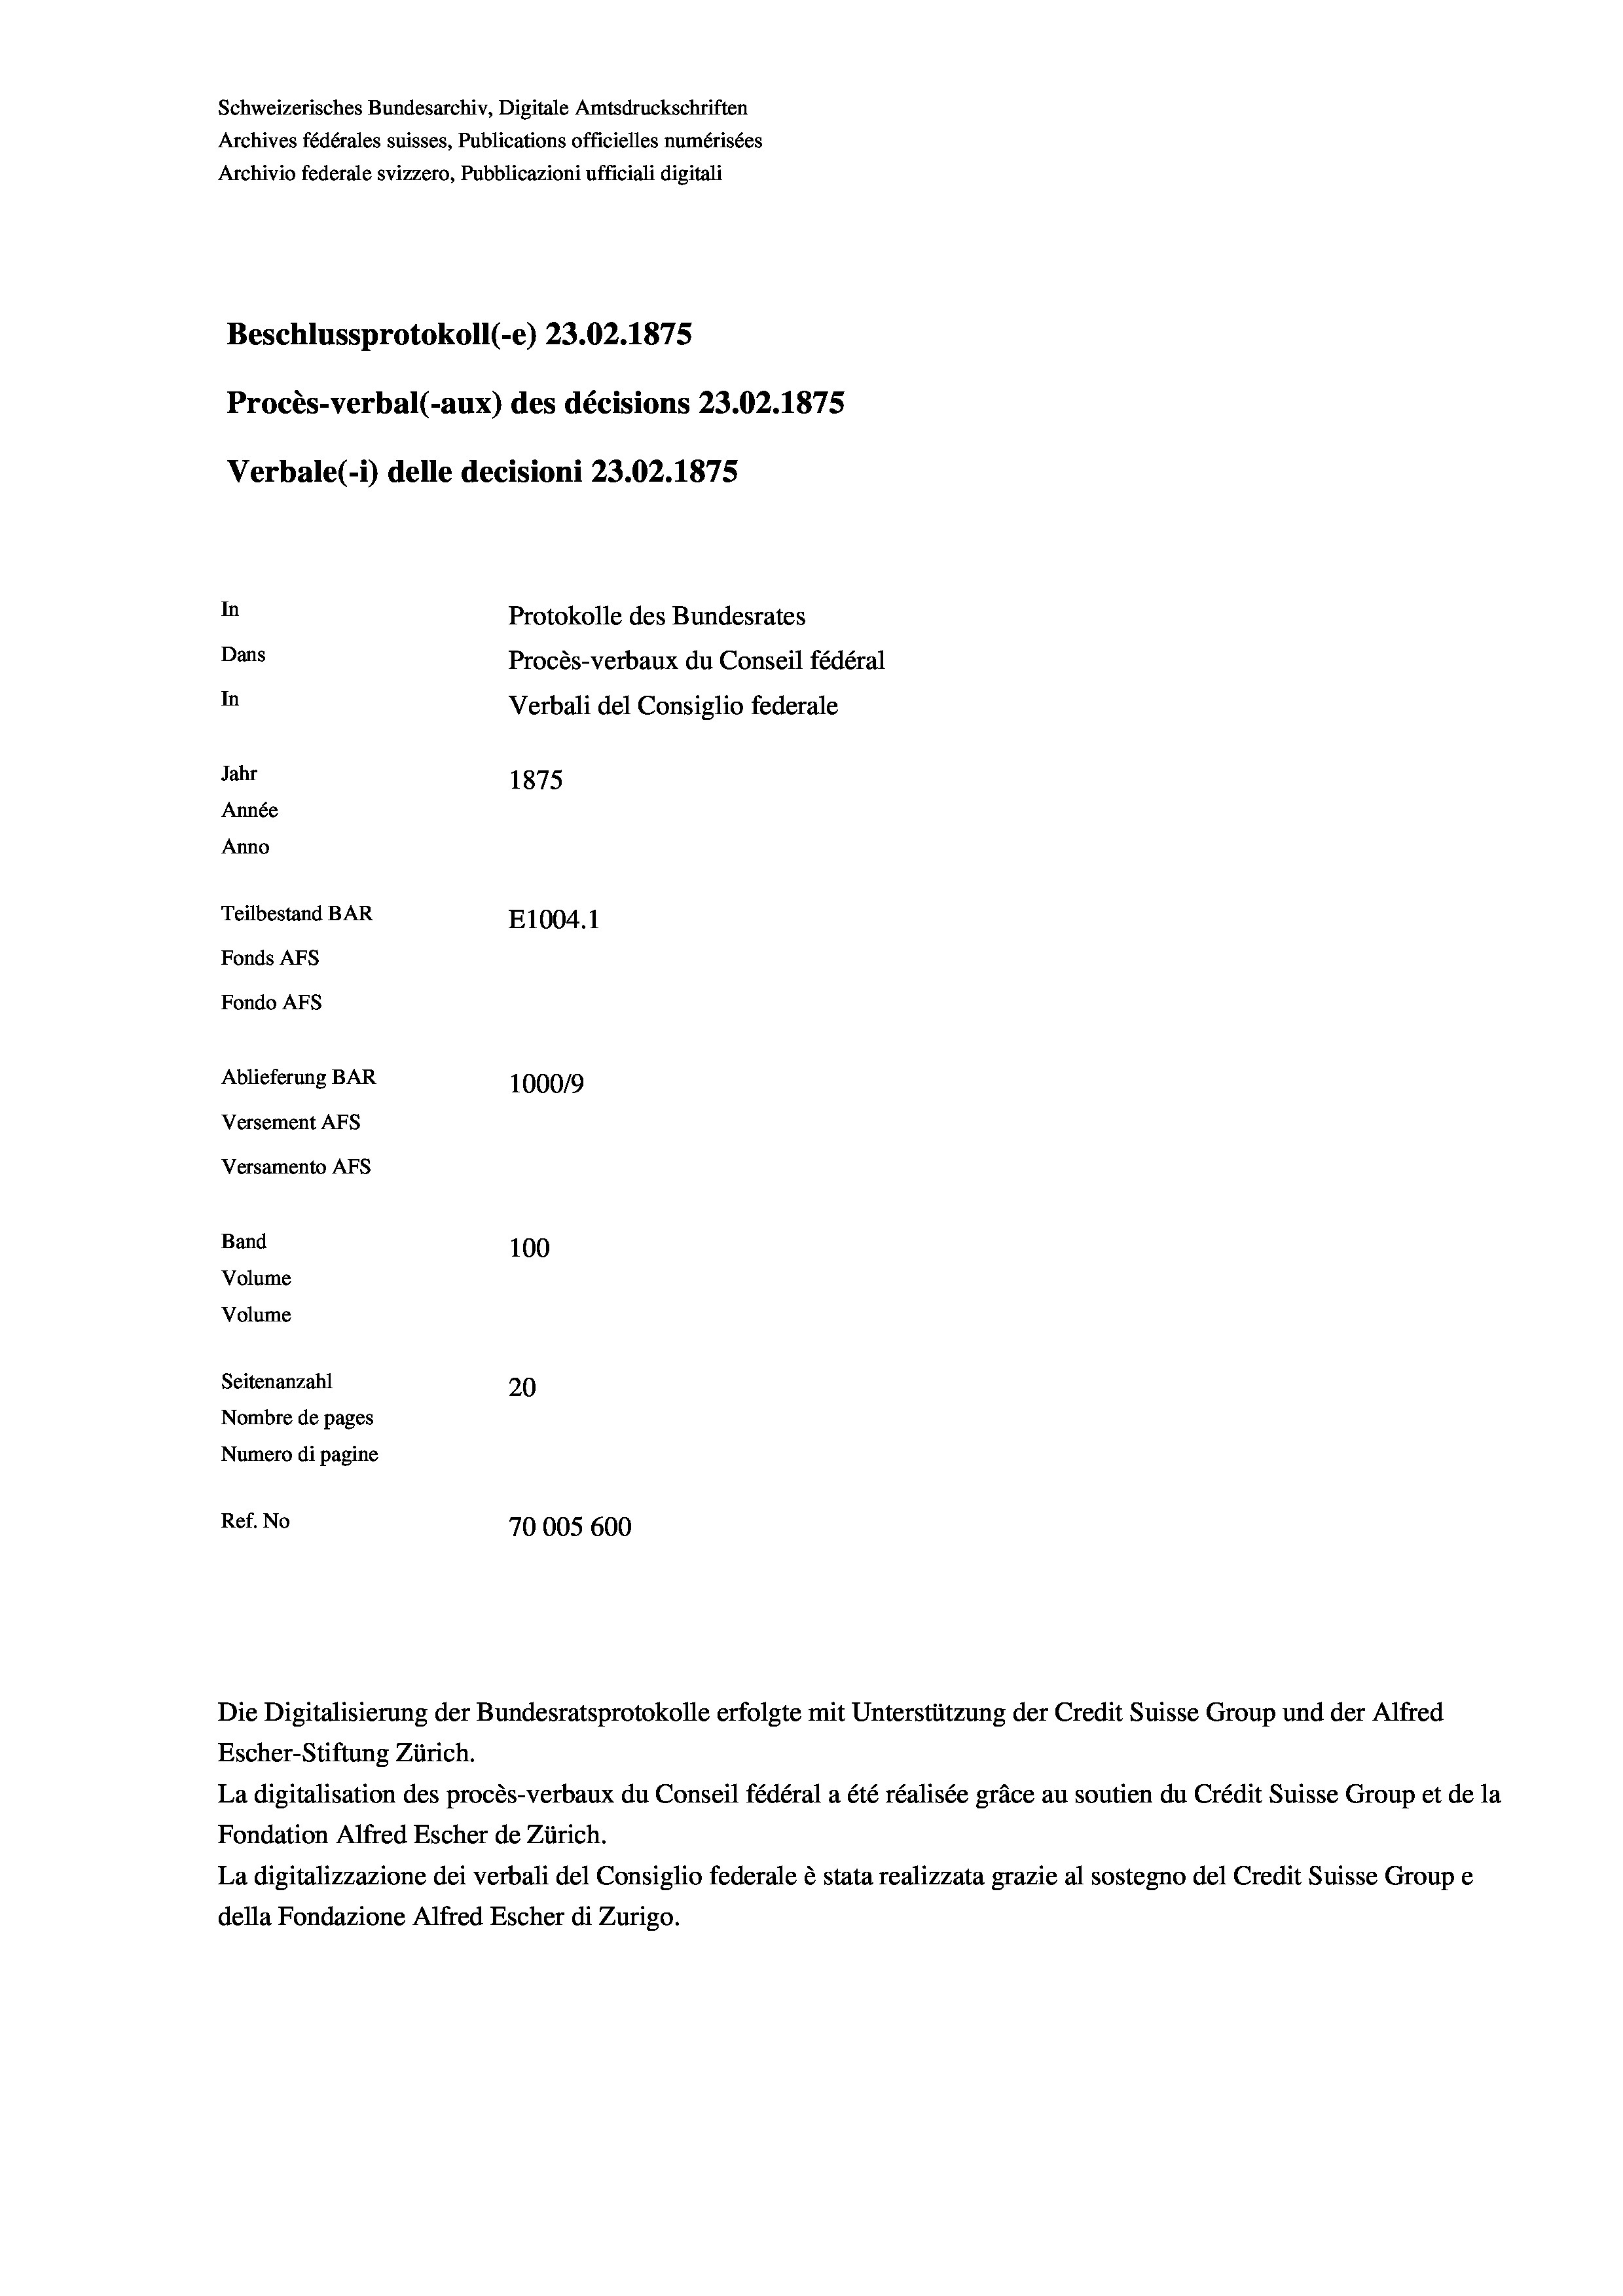
Schweizerisches Bundesarchiv, Digitale Amtsdruckschriften
Archives fédérales suisses, Publications officielles numérisées
Archivio federale svizzero, Pubblicazioni ufficiali digitali
Beschlussprotokoll (-e) 23.02. 1875
Procès-verbal (-aux) des décisions 23.02.1875
Verbale(-*) delle decisioni 23.02. 1875
In
Protokolle des Bundesrates
Dans
Procès-verbaux du Conseil fédéral
In
Verbali del Consiglio federale
Jahr
1875
Année
Anno
Teilbestand BAR
E1004. 1
Fonds AFs
Fondo AFs
Ablieferung BAR
1000/9
Versement Abs
Versamento AFs
Band
100
Volume
Volume

Seitenanzahl
20
Nombre de pages
Numero di pagine
Ref. No
70005 600

Escher-Stiftung Zürich.
La digitalisation des procès-verbaux du Conseil fédéral a été réalisée gräce au soutien du Crédit Suisse Group et de la
Fondation Alfred Escher de Zürich.
La digitalizzazione dei verbali del Consiglio federale è stata realizzata grazie al sostegno del Credit Suisse Groupe
della Fondazione Alfred Escher di Zurigo.

Die Digitalisierung der Bundesratsprotokolle erfolgte mit Unterstützung der Credit Suisse Group und der Alfred